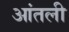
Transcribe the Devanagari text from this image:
आंतली